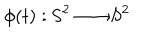
\phi ( t ) : \mathrm { S } ^ { 2 } \longrightarrow \mathrm { S } ^ { 2 }